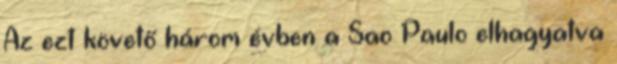
Az ezt követő három évben a Sao Paulo elhagyatva